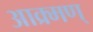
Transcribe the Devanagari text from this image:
आक्र्मण्